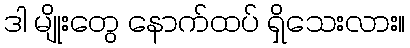
ဒါ မျိုးတွေ နောက်ထပ် ရှိသေးလား။